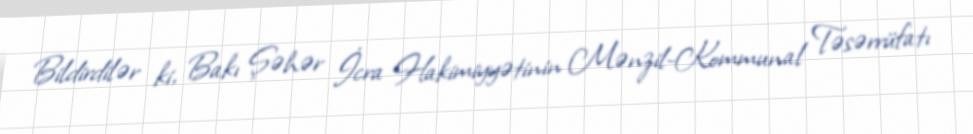
Bildirdilər ki, Bakı Şəhər İcra Hakimiyyətinin Mənzil-Kommunal Təsərrüfatı